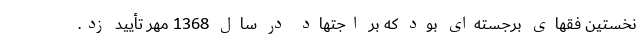
نخستین فقهای برجسته‌ای بود که بر اجتهاد در سال 1368 مُهر تأیید زد.